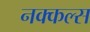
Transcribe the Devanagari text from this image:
नक्कल्स